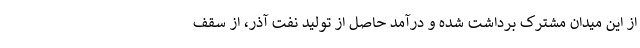
از این میدان مشترک برداشت شده و درآمد حاصل از تولید نفت آذر، از سقف